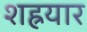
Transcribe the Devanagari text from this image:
शह्रयार